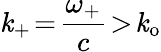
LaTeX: \mathit{k}_{+}\! =\! \frac{{\omega_{+}}}{{c}}\! >\! \mathit{k}_{\mathrm{{o}}}